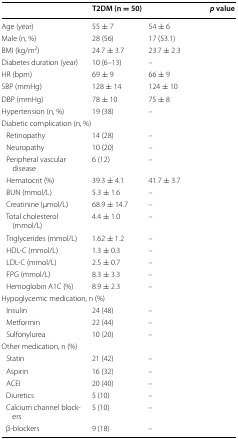
<table><thead><tr><td>[EMPTY_CELL]</td><td><b>T2DM (n = 50)</b></td><td>[EMPTY_CELL]</td><td><b><i>p</i> value</b></td></tr></thead><tbody><tr><td>Age (year)</td><td>55 ± 7</td><td>54 ± 6</td><td>[EMPTY_CELL]</td></tr><tr><td>Male (n, %)</td><td>28 (56)</td><td>17 (53.1)</td><td>[EMPTY_CELL]</td></tr><tr><td>BMI (kg/m<sup>2</sup>)</td><td>24.7 ± 3.7</td><td>23.7 ± 2.3</td><td>[EMPTY_CELL]</td></tr><tr><td>Diabetes duration (year)</td><td>10 (6–13)</td><td>–</td><td>[EMPTY_CELL]</td></tr><tr><td>HR (bpm)</td><td>69 ± 9</td><td>66 ± 9</td><td>[EMPTY_CELL]</td></tr><tr><td>SBP (mmHg)</td><td>128 ± 14</td><td>124 ± 10</td><td>[EMPTY_CELL]</td></tr><tr><td>DBP (mmHg)</td><td>78 ± 10</td><td>75 ± 8</td><td>[EMPTY_CELL]</td></tr><tr><td>Hypertension (n, %)</td><td>19 (38)</td><td>–</td><td>[EMPTY_CELL]</td></tr><tr><td colspan="4">Diabetic complication (n, %)</td></tr><tr><td> Retinopathy</td><td>14 (28)</td><td>–</td><td>[EMPTY_CELL]</td></tr><tr><td> Neuropathy</td><td>10 (20)</td><td>–</td><td>[EMPTY_CELL]</td></tr><tr><td> Peripheral vascular disease</td><td>6 (12)</td><td>–</td><td>[EMPTY_CELL]</td></tr><tr><td> Hematocrit (%)</td><td>39.3 ± 4.1</td><td>41.7 ± 3.7</td><td>[EMPTY_CELL]</td></tr><tr><td> BUN (mmol/L)</td><td>5.3 ± 1.6</td><td>–</td><td>[EMPTY_CELL]</td></tr><tr><td> Creatinine (μmol/L)</td><td>68.9 ± 14.7</td><td>–</td><td>[EMPTY_CELL]</td></tr><tr><td> Total cholesterol (mmol/L)</td><td>4.4 ± 1.0</td><td>–</td><td>[EMPTY_CELL]</td></tr><tr><td> Triglycerides (mmol/L)</td><td>1.62 ± 1.2</td><td>–</td><td>[EMPTY_CELL]</td></tr><tr><td> HDL-C (mmol/L)</td><td>1.3 ± 0.3</td><td>–</td><td>[EMPTY_CELL]</td></tr><tr><td> LDL-C (mmol/L)</td><td>2.5 ± 0.7</td><td>–</td><td>[EMPTY_CELL]</td></tr><tr><td> FPG (mmol/L)</td><td>8.3 ± 3.3</td><td>–</td><td>[EMPTY_CELL]</td></tr><tr><td> Hemoglobin A1C (%)</td><td>8.9 ± 2.3</td><td>–</td><td>[EMPTY_CELL]</td></tr><tr><td colspan="4">Hypoglycemic medication, n (%)</td></tr><tr><td> Insulin</td><td>24 (48)</td><td>–</td><td>[EMPTY_CELL]</td></tr><tr><td> Metformin</td><td>22 (44)</td><td>–</td><td>[EMPTY_CELL]</td></tr><tr><td> Sulfonylurea</td><td>10 (20)</td><td>–</td><td>[EMPTY_CELL]</td></tr><tr><td colspan="4">Other medication, n (%)</td></tr><tr><td> Statin</td><td>21 (42)</td><td>–</td><td>[EMPTY_CELL]</td></tr><tr><td> Aspirin</td><td>16 (32)</td><td>–</td><td>[EMPTY_CELL]</td></tr><tr><td> ACEI</td><td>20 (40)</td><td>–</td><td>[EMPTY_CELL]</td></tr><tr><td> Diuretics</td><td>5 (10)</td><td>–</td><td>[EMPTY_CELL]</td></tr><tr><td> Calcium channel blockers</td><td>5 (10)</td><td>–</td><td>[EMPTY_CELL]</td></tr><tr><td> β-blockers</td><td>9 (18)</td><td>–</td><td>[EMPTY_CELL]</td></tr></tbody></table>